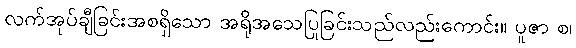
လက်အုပ်ချီခြင်းအစရှိသော အရိုအသေပြုခြင်းသည်လည်းကောင်း။ ပူဇာ စ၊